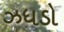
ઝધડો